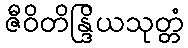
ဇီဝိတိန္ဒြိယသုတ္တံ